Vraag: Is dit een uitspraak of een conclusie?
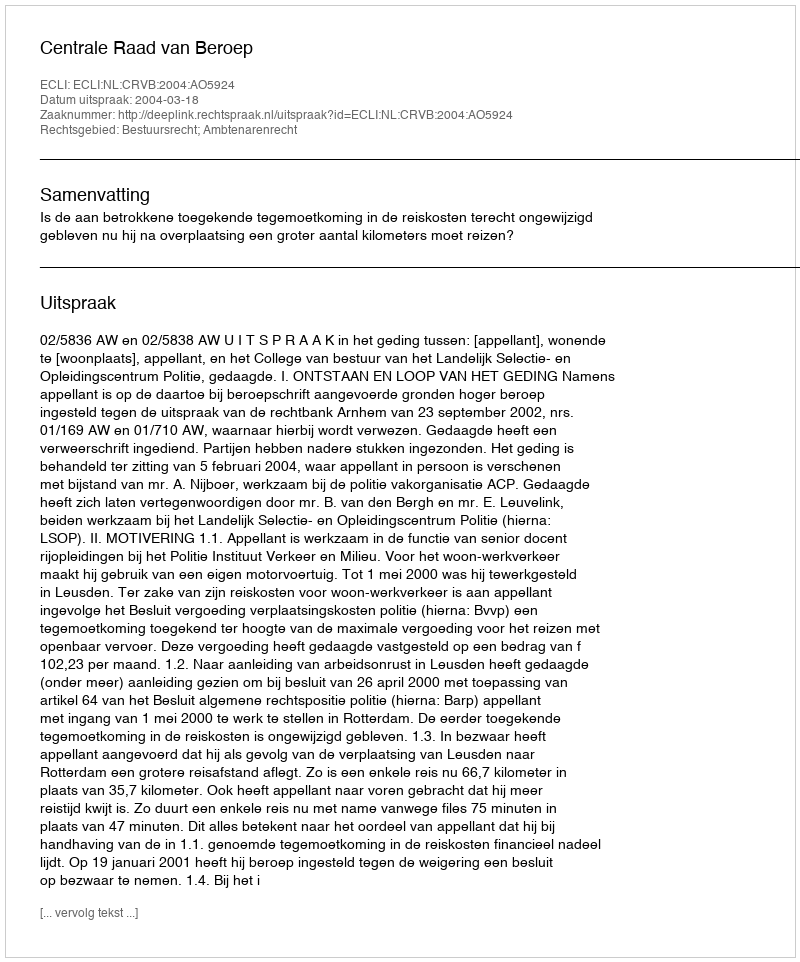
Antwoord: Uitspraak